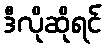
ဒီလိုဆိုရင်